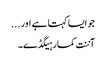
جو ایسا کہتا ہے اور ...
آننت کمار ہیگڈے۔